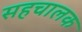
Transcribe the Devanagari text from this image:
सहचालक